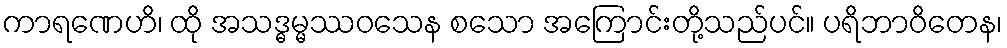
ကာရဏေဟိ၊ ထို အသဒ္ဓမ္မဿဝသေန စသော အကြောင်းတို့သည်ပင်။ ပရိဘာဝိတေန၊